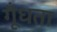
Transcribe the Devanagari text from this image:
गूँधता